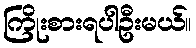
ကြိုးစားရပါဦးမယ်။